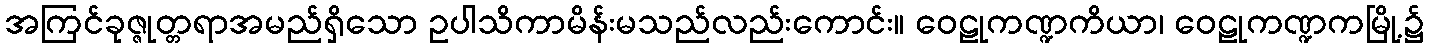
အကြင်ခုဇ္ဇုတ္တရာအမည်ရှိသော ဥပါသိကာမိန်းမသည်လည်းကောင်း။ ဝေဠုကဏ္ဍကိယာ၊ ဝေဠုကဏ္ဍကမြို့၌